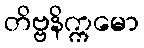
တိဗ္ဗနိက္ကမော